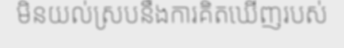
មិនយល់ស្របនឹងការគិតឃើញរបស់